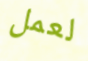
لعمل